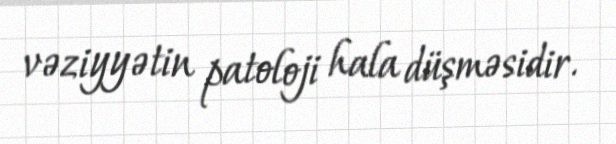
vəziyyətin patoloji hala düşməsidir.